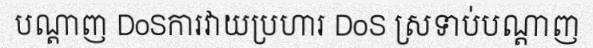
បណ្តាញ DoSការវាយប្រហារ DoS ស្រទាប់បណ្តាញ